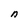
Character: n